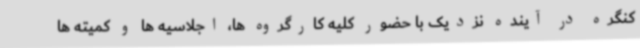
کنگره در آینده نزدیک با حضور کلیه کارگروه ها، اجلاسیه ها و کمیته ها